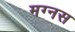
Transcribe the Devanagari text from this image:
मग्नस